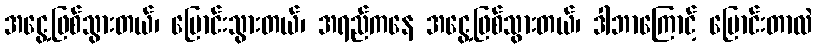
အငွေ့ဖြစ်သွားတယ်၊ ပြောင်းသွားတယ်၊ အရည်ကနေ အငွေ့ဖြစ်သွားတယ်၊ ဒါဘာကြောင့် ပြောင်းတာလဲ